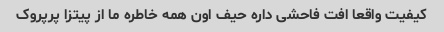
کیفیت واقعا افت فاحشی داره حیف اون همه خاطره ما از پیتزا پرپروک